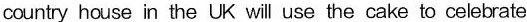
country house in the UK will use the cake to celebrate